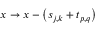
x \rightarrow x - \left( \boldsymbol { s } _ { j , k } + \boldsymbol { t } _ { p , q } \right)